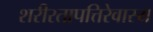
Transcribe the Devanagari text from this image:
शरीरतापत्तिरेवास्य